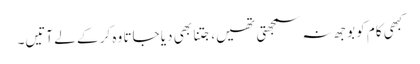
کبھی کام کو بوجھ نہ سمجھتی تھیں، جتنا بھی دیا جاتا وہ کر کے لے آتیں۔